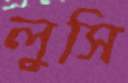
লুসি